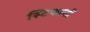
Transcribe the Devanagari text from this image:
स्टिफानों